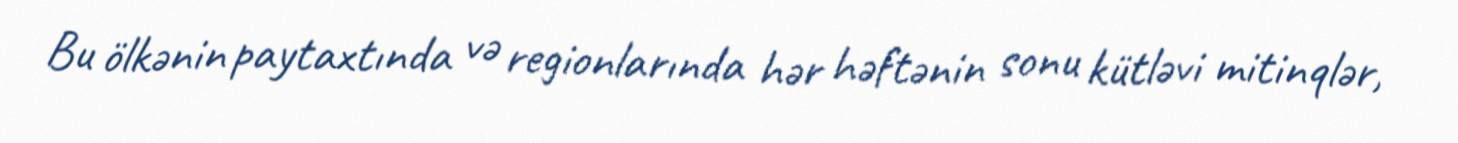
Bu ölkənin paytaxtında və regionlarında hər həftənin sonu kütləvi mitinqlər,